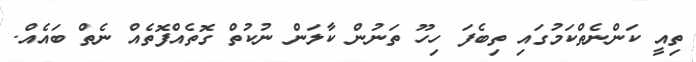
ތިއީ ކަންނެތްކަމުގައި ތިބެފަ ހިހޫ ތަނުން ކާލަން ނުކުތް ގޮތެއްފޮތެއް ނެތް ބައެއް.